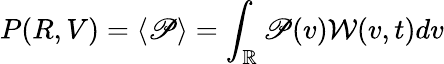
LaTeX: P(R,V)=\langle\mathscr{P}\rangle=\int_{\mathbb{{R}}}\mathscr{P}(v)\mathcal{W}(v,t)dv